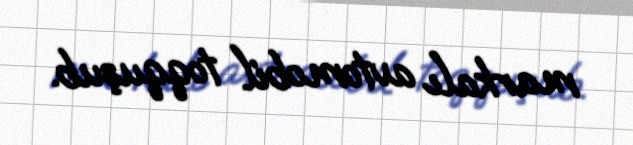
markalı avtomobil toqquşub.